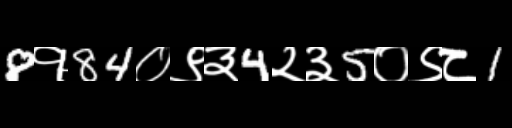
Text: 8१84०९३4२३5०९८1